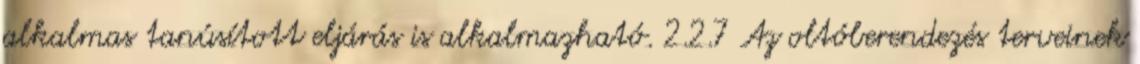
alkalmas tanúsított eljárás is alkalmazható. 2.2.7 Az oltóberendezés terveinek